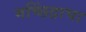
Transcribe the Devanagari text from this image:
मच्छिंद्राचा